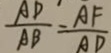
\frac { A D } { A B } = \frac { A F } { A D }